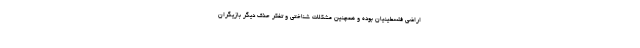
اراضی فلسطینیان بوده و همچنین مشکلات شناختی و تفکر حذف دیگر بازیگران